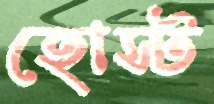
হোস্ট